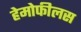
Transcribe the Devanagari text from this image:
हेमोफीलस